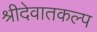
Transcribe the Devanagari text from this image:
श्रीदेवातकल्प